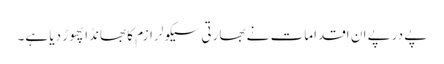
پے درپے ان اقدامات نے بھارتی سیکولر ازم کا بھانڈا پھوڑ دیا ہے۔